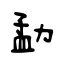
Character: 勐